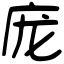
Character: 庞